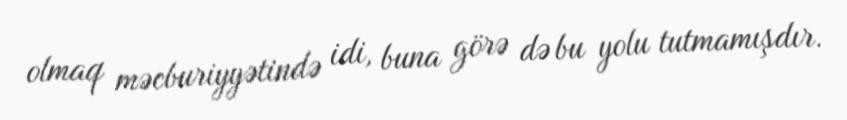
olmaq məcburiyyətində idi, buna görə də bu yolu tutmamışdır.